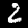
Label: 2